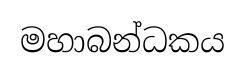
මහාබන්ධකය